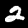
Label: 2